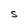
Character: S